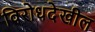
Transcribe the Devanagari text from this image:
विरोधदेखील